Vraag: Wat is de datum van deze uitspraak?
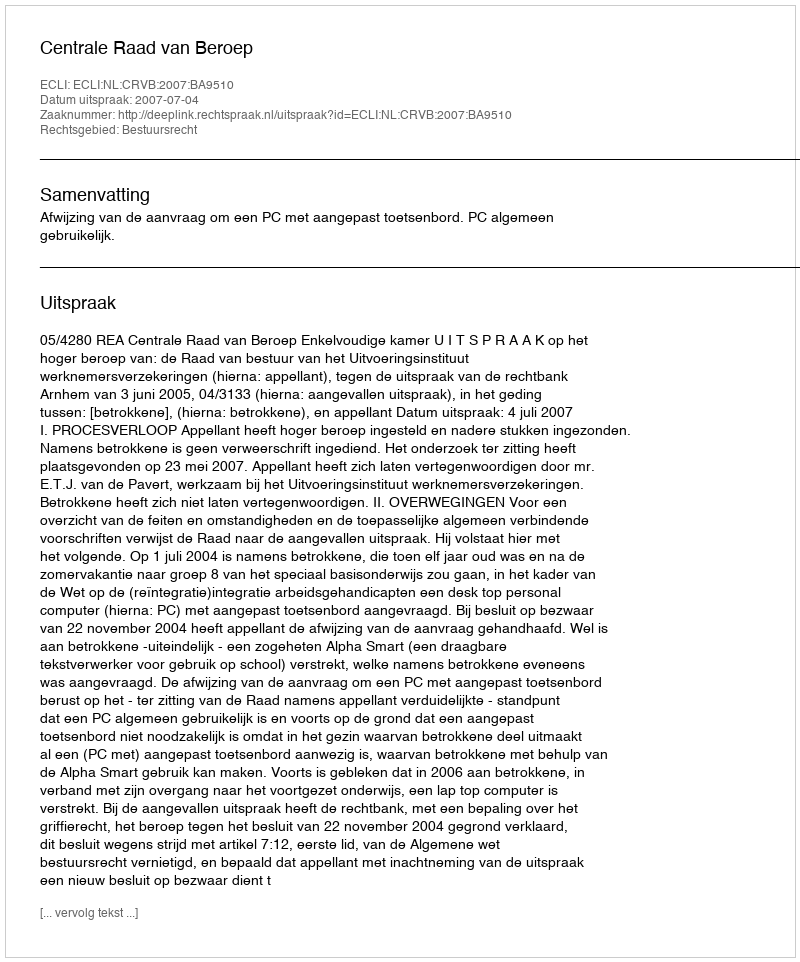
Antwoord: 2007-07-04